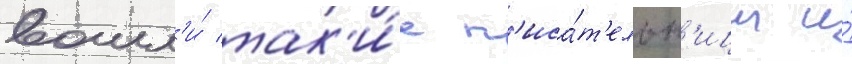
вошл'и́ так'и́е п'иса́т'ельн'ицы и́